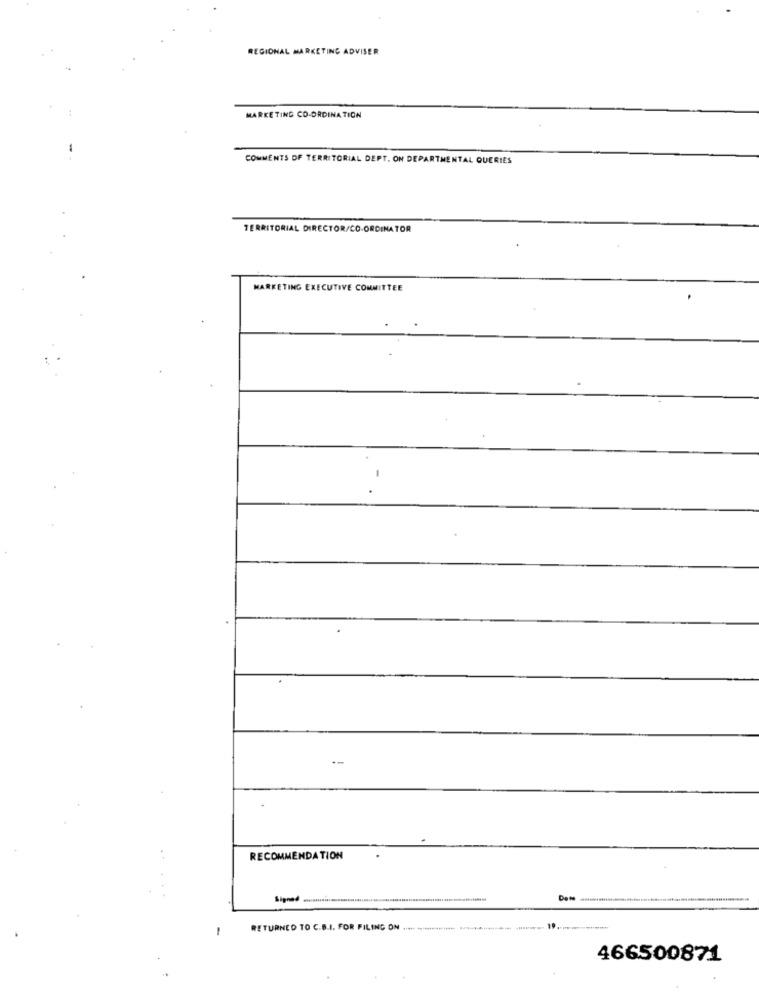
REGIONAL MARKETING ADVISER
MARKETING CO-ORDINATION
COMMENTS DF TERRITORIAL DEPT. ON DEPARTMENTAL QUERIES
TERRITORIAL DIRECTOR/CO-ORDINATOR
MARKETING EXECUTIVE COMMITTEE
RECOMMENDATION
-
RETURNED TO C.B.I. FOR FILING ON ..... .............
466500871